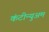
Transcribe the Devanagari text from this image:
कंटीन्युअम